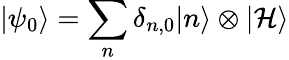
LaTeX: |\psi_{0}\rangle=\sum_{n}\delta_{n,0}|n\rangle\otimes|\mathcal{H}\rangle